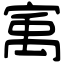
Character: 㝢